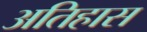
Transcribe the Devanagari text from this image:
अतिहास